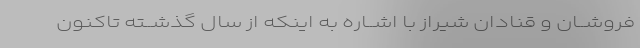
فروشــان و قنادان شیراز با اشــاره به اینکه از سال گذشــته تاکنون